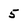
Character: 5